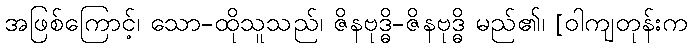
အဖြစ်ကြောင့်၊ သော-ထိုသူသည်၊ ဇိနဗုဒ္ဓိ-ဇိနဗုဒ္ဓိ မည်၏၊ [ဝါကျတုန်းက